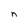
Character: n